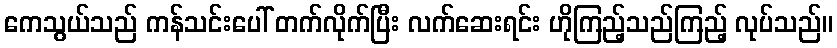
ကေသွယ်သည် ကန်သင်းပေါ် တက်လိုက်ပြီး လက်ဆေးရင်း ဟိုကြည့်သည်ကြည့် လုပ်သည်။